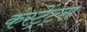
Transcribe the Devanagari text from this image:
कंस्ट्रेंट्स